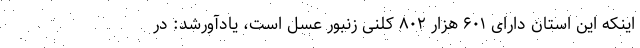
اینکه این استان دارای ۶۰۱ هزار ۸۰۲ کلنی زنبور عسل است، یادآورشد: در